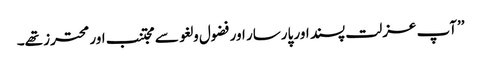
’’آپ عزلت پسند اور پارسار اور فضول و لغو سے مجتنب اور محترز تھے۔